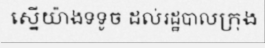
ស្នើយ៉ាងទទូច ដល់រដ្ឋបាលក្រុង